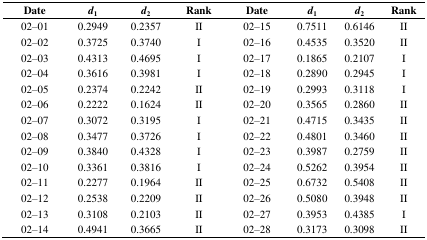
| Date | d1 | d2 | Rank | Date | d1 | d2 | Rank |
 | --- | --- | --- | --- | --- | --- | --- | --- |
 | 02–01 | 0.2949 | 0.2357 | II | 02–15 | 0.7511 | 0.6146 | II |
 | 02–02 | 0.3725 | 0.3740 | I | 02–16 | 0.4535 | 0.3520 | II |
 | 02–03 | 0.4313 | 0.4695 | I | 02–17 | 0.1865 | 0.2107 | I |
 | 02–04 | 0.3616 | 0.3981 | I | 02–18 | 0.2890 | 0.2945 | I |
 | 02–05 | 0.2374 | 0.2242 | II | 02–19 | 0.2993 | 0.3118 | I |
 | 02–06 | 0.2222 | 0.1624 | II | 02–20 | 0.3565 | 0.2860 | II |
 | 02–07 | 0.3072 | 0.3195 | I | 02–21 | 0.4715 | 0.3435 | II |
 | 02–08 | 0.3477 | 0.3726 | I | 02–22 | 0.4801 | 0.3460 | II |
 | 02–09 | 0.3840 | 0.4328 | I | 02–23 | 0.3987 | 0.2759 | II |
 | 02–10 | 0.3361 | 0.3816 | I | 02–24 | 0.5262 | 0.3954 | II |
 | 02–11 | 0.2277 | 0.1964 | II | 02–25 | 0.6732 | 0.5408 | II |
 | 02–12 | 0.2538 | 0.2209 | II | 02–26 | 0.5080 | 0.3948 | II |
 | 02–13 | 0.3108 | 0.2103 | II | 02–27 | 0.3953 | 0.4385 | I |
 | 02–14 | 0.4941 | 0.3665 | II | 02–28 | 0.3173 | 0.3098 | II |